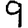
Digit: 9